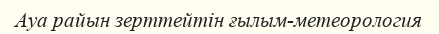
Ауа райын зерттейтін ғылым-метеорология